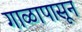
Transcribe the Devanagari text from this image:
गाळापासून